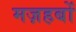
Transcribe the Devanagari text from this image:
मज़हबों